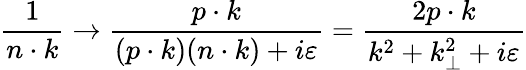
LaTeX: {\frac{1}{n\cdot k}}\rightarrow{\frac{p\cdot k}{(p\cdot k)(n\cdot k)+i\varepsilon}}={\frac{2p\cdot k}{k^{2}+k_{\perp}^{2}+i\varepsilon}}